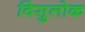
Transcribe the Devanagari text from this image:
विसुलोक